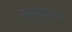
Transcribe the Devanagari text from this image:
मलायाच्या